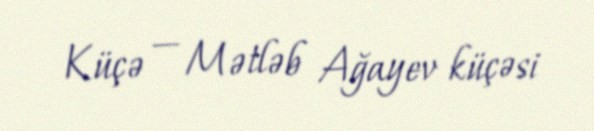
Küçə — Mətləb Ağayev küçəsi